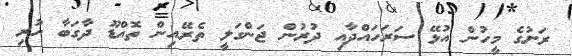
ރަށުގެ މީހުން އުޅޭ ސަރަހައްދާއި ދުރުން ޖަންގަލީ ތެރޭއިން ތޮއްޑޫ ދާގަބާ ހުރި